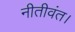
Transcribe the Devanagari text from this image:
नीतीवंत।